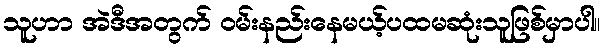
သူဟာ အဲဒီအတွက် ဝမ်းနည်းနေမယ့်ပထမဆုံးသူဖြစ်မှာပါ။